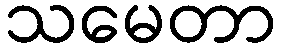
သမေတာ